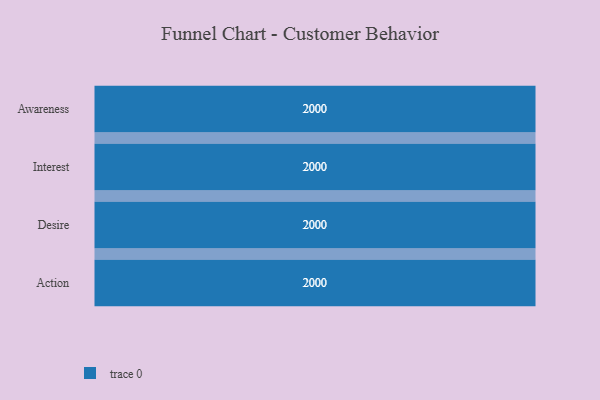
{"axis": {"x": "Stage", "y": "Value"}, "legend": [""], "data": [{"x": "Awareness", "y": 2000, "type": ""}, {"x": "Interest", "y": 2000, "type": ""}, {"x": "Desire", "y": 2000, "type": ""}, {"x": "Action", "y": 2000, "type": ""}]}